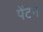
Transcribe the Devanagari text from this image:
पेंटने